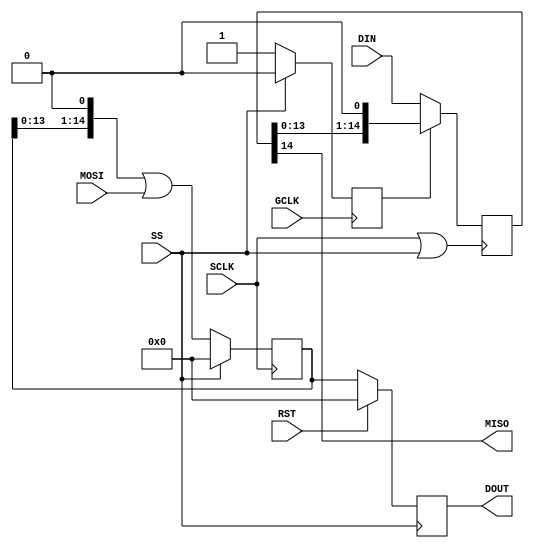
`timescale 1ns / 1ps
//////////////////////////////////////////////////////////////////////////////////
// Company: 
// Engineer: 
// 
// Design Name: 
// Module Name: SPI_SLAVE
// Project Name: 
// Target Devices: 
// Tool Versions: 
// Description: 
// 
// Dependencies: 
// 
// Revision:
// Revision 0.01 - File Created
// Additional Comments:
// 
//////////////////////////////////////////////////////////////////////////////////


module SPI_SLAVE#
    (
    parameter integer m = 15 // Data packet size
    )
    (
    input wire RST,
    input wire GCLK,
    input wire SCLK,
    output wire MISO,
    input wire MOSI,
    input wire SS,
    input wire [m-1:0] DIN,
    output reg [m-1:0] DOUT
    );
    
    reg [m-1:0] RXSHIFT = 0;
    reg [m-1:0] TXSHIFT = 0;
    reg in_progress = 1'b0;

    assign MISO = TXSHIFT[m-1];

    wire foo;
    assign foo = SCLK | SS;    
    always @(negedge foo) begin
        if (in_progress == 1'b1) begin
            TXSHIFT <= TXSHIFT<<1;
        end
        else begin
            TXSHIFT <= DIN;
        end
    end
    
    always @(posedge GCLK) begin
        in_progress <= (SS == 1'b1) ? 1'b0 : 1'b1;
    end
    
    always @(posedge SS) begin
        DOUT <= (RST == 1'b1) ? 0 : RXSHIFT;
    end
    
    always @(posedge SCLK) begin
        RXSHIFT <= (SS == 1'b1) ? 0 : RXSHIFT<<1 | MOSI;
    end
endmodule